Civil Veterinary Department. United Provinces 1912-22 - 1912-1922
Year: 1912
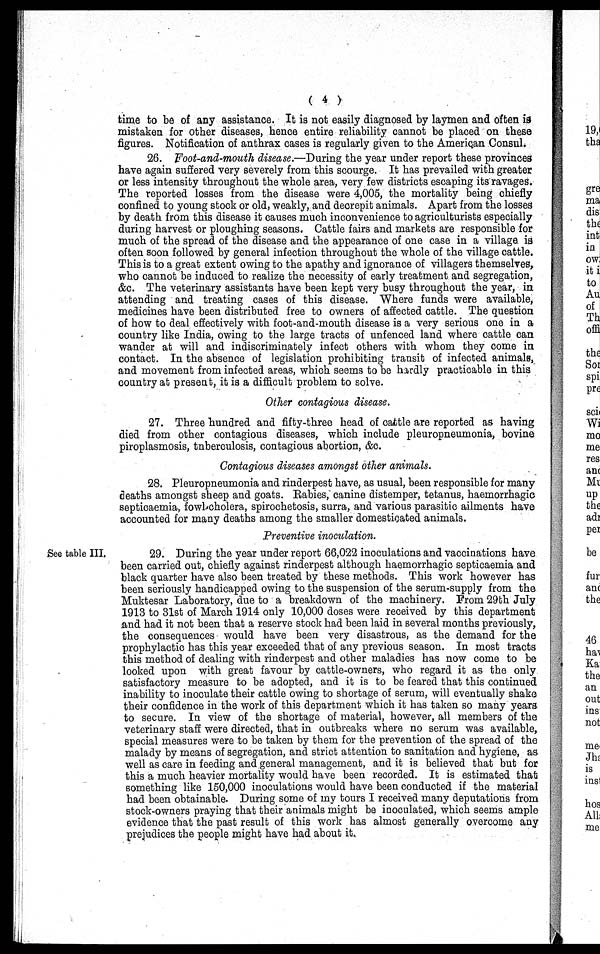
( 4 )
time to be of any assistance. It is not easily diagnosed by laymen and often is
mistaken for other diseases, hence entire reliability cannot be placed on these
figures. Notification of anthrax cases is regularly given to the American Consul.
26. Foot-and-mouth disease.—During the year under report these provinces
have again suffered very severely from this scourge. It has prevailed with greater
or less intensity throughout the whole area, very few districts escaping its ravages.
The reported losses from the disease were 4,005, the mortality being chiefly
confined to young stock or old, weakly, and decrepit animals. Apart from the losses
by death from this disease it causes much inconvenience to agriculturists especially
during harvest or ploughing seasons. Cattle fairs and markets are responsible for
much of the spread of the disease and the appearance of one case in a village is
often soon followed by general infection throughout the whole of the village cattle.
This is to a great extent owing to the apathy and ignorance of villagers themselves,
who cannot be induced to realize the necessity of early treatment and segregation,
&c. The veterinary assistants have been kept very busy throughout the year, in
attending and treating cases of this disease. Where funds were available,
medicines have been distributed free to owners of affected cattle. The question
of how to deal effectively with foot-and-mouth disease is a very serious one in a
country like India, owing to the large tracts of unfenced land where cattle can
wander at will and indiscriminately infect others with whom they come in
contact. In the absence of legislation prohibiting transit of infected animals,
and movement from infected areas, which seems to be hardly practicable in this
country at present, it is a difficult problem to solve.
Other contagious disease.
27. Three hundred and fifty-three head of cattle are reported as having
died from other contagious diseases, which include pleuropneumonia, bovine
piroplasmosis, tnberculosis, contagious abortion, &c.
Contagious diseases amongst other animals.
28. Pleuropneumonia and rinderpest have, as usual, been responsible for many
deaths amongst sheep and goats. Rabies, canine distemper, tetanus, haemorrhagic
septicaemia, fowl-cholera, spirochetosis, surra, and various parasitic ailments have
accounted for many deaths among the smaller domesticated animals.
Preventive inoculation.
See table III.
29. During the year under report 66,022 inoculations and vaccinations have
been carried out, chiefly against rinderpest although haemorrhagic septicaemia and
black quarter have also been treated by these methods. This work however has
been seriously handicapped owing to the suspension of the serum-supply from the
Muktesar Laboratory, due to a breakdown of the machinery. From 29th July
1913 to 31st of March 1914 only 10,000 doses were received by this department
and had it not been that a reserve stock had been laid in several months previously,
the consequences would have been very disastrous, as the demand for the
prophylactic has this year exceeded that of any previous season. In most tracts
this method of dealing with rinderpest and other maladies has now come to be
looked upon with great favour by cattle-owners, who regard it as the only
satisfactory measure to be adopted, and it is to be feared that this continued
inability to inoculate their cattle owing to shortage of serum, will eventually shake
their confidence in the work of this department which it has taken so many years
to secure. In view of the shortage of material, however, all members of the
veterinary staff were directed, that in outbreaks where no serum was available,
special measures were to be taken by them for the prevention of the spread of the
malady by means of segregation, and strict attention to sanitation and hygiene, as
well as care in feeding and general management, and it is believed that but for
this a much heavier mortality would have been recorded. It is estimated that
something like 150,000 inoculations would have been conducted if the material
had been obtainable. During some of my tours I received many deputations from
stock-owners praying that their animals might be inoculated, which seems ample
evidence that the past result of this work has almost generally overcome any
prejudices the people might have had about it.